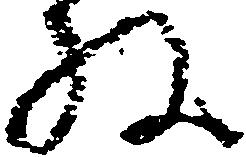
ね